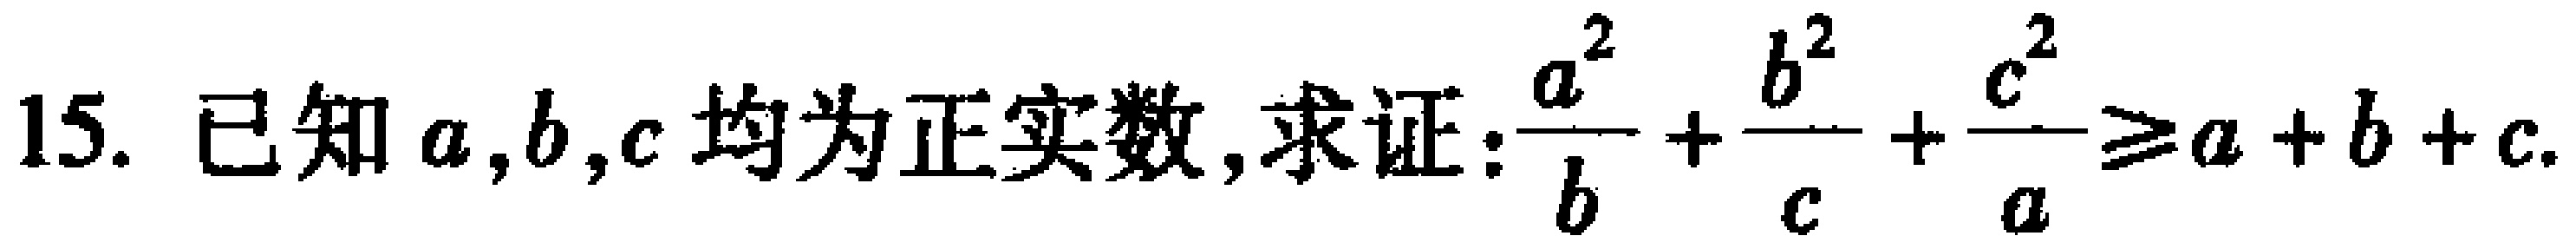
15. 已知 \(a,b,c\) 均为正实数, 求证:\(\frac{a^{2}}{b}+\frac{b^{2}}{c}+\frac{c^{2}}{a}\geq a + b + c\).